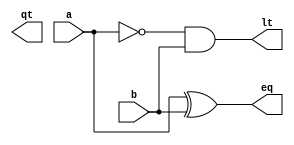
module Half_Comperator(
	input a,b,
	output qt, lt, eq
);
	assign gt = a & ~b;
	assign lt = ~a & b;
	assign eq = a ^ b;
	
endmodule